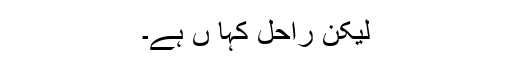
لیکن راحل کہا ں ہے۔